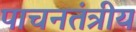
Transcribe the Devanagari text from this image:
पाचनतंत्रीय